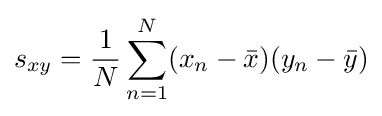
s_{xy}={\frac {1}{N}}\sum _{n=1}^{N}(x_{n}-{\bar {x}})(y_{n}-{\bar {y}})